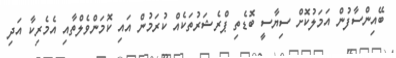
ބޭއިންސާފުން އަމަލުކޮށް ސިޔާސީ ބޮޑެތި ޕްރެޝަރުތަކެއް ކުރަމުން އައި ކޮމަންވެލްތާއި އެމެރިކާ އަދި